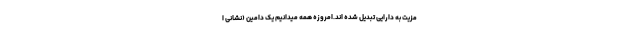
مزیت به دارایی تبدیل شده اند.امروزه همه میدانیم یک دامین (نشانی ا